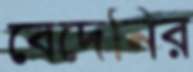
বেদেনির